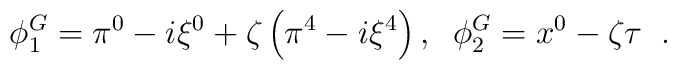
\phi _{1}^{G}=\pi ^{0}-i\xi ^{0}+\zeta \left( \pi ^{4}-i\xi ^{4}\right),\;\;\phi _{2}^{G}=x^{0}-\zeta \tau \;\;.